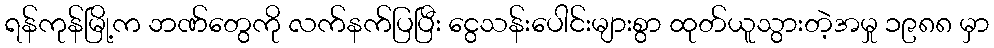
ရန်ကုန်မြို့က ဘဏ်တွေကို လက်နက်ပြပြီး ငွေသန်းပေါင်းများစွာ ထုတ်ယူသွားတဲ့အမှု ၁၉၈၈ မှာ